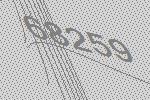
68259